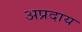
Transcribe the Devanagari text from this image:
अप्रदाय